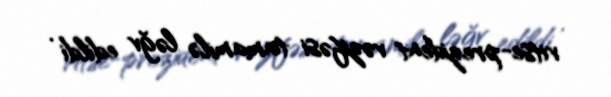
vitse-prezident vəzifəsi tamamilə ləğv edildi .